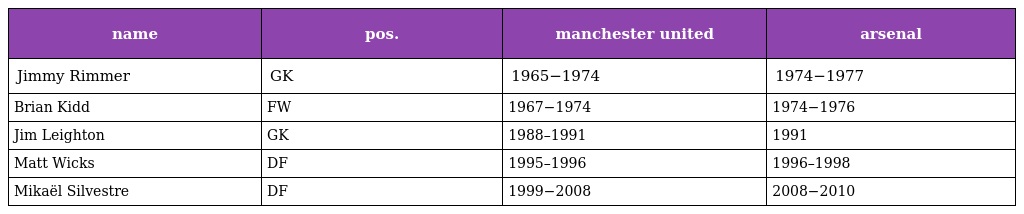
| name | pos. | manchester united | arsenal |
 | --- | --- | --- | --- |
 | Jimmy Rimmer | GK | 1965−1974 | 1974−1977 |
 | Brian Kidd | FW | 1967−1974 | 1974−1976 |
 | Jim Leighton | GK | 1988–1991 | 1991 |
 | Matt Wicks | DF | 1995–1996 | 1996–1998 |
 | Mikaël Silvestre | DF | 1999−2008 | 2008−2010 |